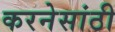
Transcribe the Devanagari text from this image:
करनेसांठी